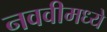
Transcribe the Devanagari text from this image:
नववीमध्ये